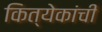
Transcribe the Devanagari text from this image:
कित्येकांची